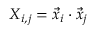
X _ { i , j } = \Vec { x } _ { i } \cdot \Vec { x } _ { j }